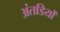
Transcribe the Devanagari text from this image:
अंतडियों